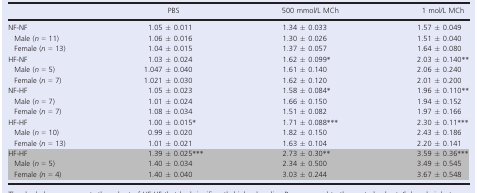
|  | PBS | 500 mmol/L MCh | 1 mol/L MCh |
 | --- | --- | --- | --- |
 | NF‐NF | 1.05 ± 0.011 | 1.34 ± 0.033 | 1.57 ± 0.049 |
 | Male (n = 11) | 1.06 ± 0.016 | 1.30 ± 0.026 | 1.51 ± 0.040 |
 | Female (n = 13) | 1.04 ± 0.015 | 1.37 ± 0.057 | 1.64 ± 0.080 |
 | HF‐NF | 1.03 ± 0.024 | 1.62 ± 0.099* | 2.03 ± 0.140** |
 | Male (n = 5) | 1.047 ± 0.040 | 1.61 ± 0.140 | 2.06 ± 0.240 |
 | Female (n = 7) | 1.021 ± 0.030 | 1.62 ± 0.120 | 2.01 ± 0.200 |
 | NF‐HF | 1.05 ± 0.023 | 1.58 ± 0.084* | 1.96 ± 0.110** |
 | Male (n = 7) | 1.01 ± 0.024 | 1.66 ± 0.150 | 1.94 ± 0.152 |
 | Female (n = 7) | 1.08 ± 0.034 | 1.51 ± 0.082 | 1.97 ± 0.166 |
 | HF‐HF | 1.00 ± 0.015* | 1.71 ± 0.088*** | 2.30 ± 0.11*** |
 | Male (n = 10) | 0.99 ± 0.020 | 1.82 ± 0.150 | 2.43 ± 0.186 |
 | Female (n = 13) | 1.01 ± 0.021 | 1.63 ± 0.104 | 2.20 ± 0.141 |
 | HF‐HF | 1.39 ± 0.025*** | 2.73 ± 0.30** | 3.59 ± 0.36*** |
 | Male (n = 5) | 1.40 ± 0.034 | 2.34 ± 0.500 | 3.49 ± 0.545 |
 | Female (n = 4) | 1.40 ± 0.040 | 3.03 ± 0.244 | 3.67 ± 0.548 |